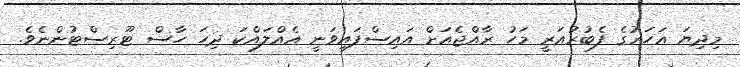
މިދިޔަ އަހަރުގެ ފެބުރުއަރީ މަހު ރާއްޖެއަށް އައިސްފައިވަނީ އެއްލައްކަ ދިހަ ހާސް ޓޫރިސްޓުންނެވެ.